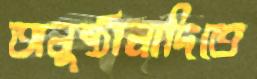
অনুষ্ঠানাদিতে